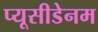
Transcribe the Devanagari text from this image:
प्यूसीडेनम